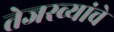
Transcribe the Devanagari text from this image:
तेजस्व्यांचे